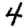
Digit: 4